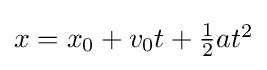
{\textstyle x=x_{0}+v_{0}t+{\frac {1}{2}}at^{2}}